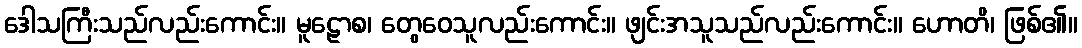
ဒေါသကြီးသည်လည်းကောင်း။ မူဠောစ၊ တွေဝေသူလည်းကောင်း။ ဖျင်းအသူသည်လည်းကောင်း။ ဟောတိ၊ ဖြစ်၏။